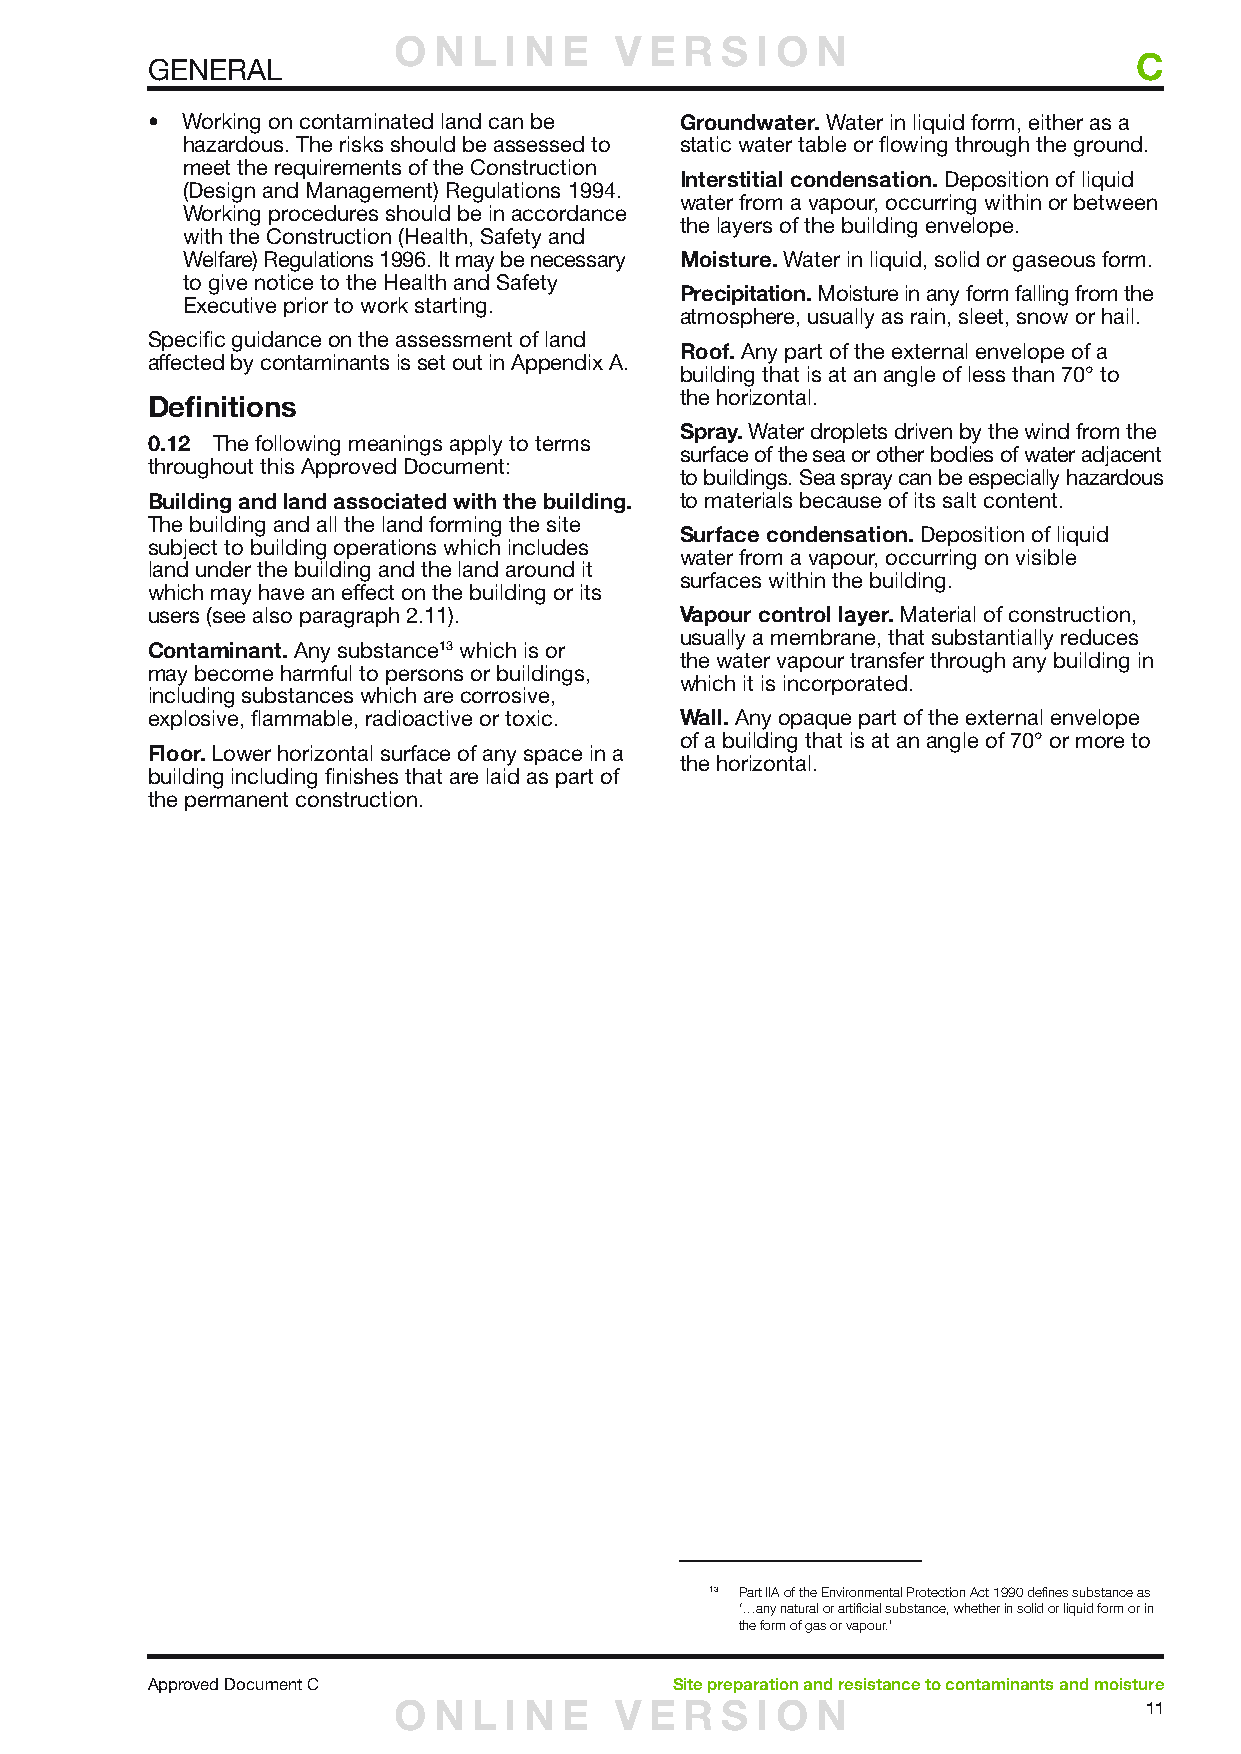
O  N L I N E   V E R  S I O N
 C
 GENERAL
 • Working on contaminated land can be Groundwater. Water in liquid form, either as a
 hazardous. The risks should be assessed to static water table or flowing through the ground.
 meet the requirements of the Construction
 Interstitial condensation. Deposition of liquid
 (Design and Management) Regulations 1994.
 water from a vapour, occurring within or between
 Working procedures should be in accordance
 the layers of the building envelope.
 with the Construction (Health, Safety and
 Welfare) Regulations 1996. It may be necessary Moisture. Water in liquid, solid or gaseous form.
 to give notice to the Health and Safety
 Precipitation. Moisture in any form falling from the
 Executive prior to work starting.
 atmosphere, usually as rain, sleet, snow or hail.
 Specific guidance on the assessment of land
 Roof. Any part of the external envelope of a
 affected by contaminants is set out in Appendix A.
 building that is at an angle of less than 70° to
 the horizontal.
 Definitions
 Spray. Water droplets driven by the wind from the
 0.12 The following meanings apply to terms
 surface of the sea or other bodies of water adjacent
 throughout this Approved Document:
 to buildings. Sea spray can be especially hazardous
 Building and land associated with the building. to materials because of its salt content.
 The building and all the land forming the site
 Surface condensation. Deposition of liquid
 subject to building operations which includes
 water from a vapour, occurring on visible
 land under the building and the land around it
 surfaces within the building.
 which may have an effect on the building or its
 users (see also paragraph 2.11).   Vapour control layer. Material of construction,
 usually a membrane, that substantially reduces
 Contaminant. Any substance13 which is or
 the water vapour transfer through any building in
 may become harmful to persons or buildings,
 which it is incorporated.
 including substances which are corrosive,
 explosive, flammable, radioactive or toxic. Wall. Any opaque part of the external envelope
 of a building that is at an angle of 70° or more to
 Floor. Lower horizontal surface of any space in a
 the horizontal.
 building including finishes that are laid as part of
 the permanent construction.
 13 Part IIA of the Environmental Protection Act 1990 defines substance as
 ‘…any natural or artificial substance, whether in solid or liquid form or in
 the form of gas or vapour.’
 Approved Document C               Site preparation and resistance to contaminants and moisture
 O  N L I N E   V E R  S I O N                     11